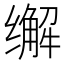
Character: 𰬽